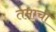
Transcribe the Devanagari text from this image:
तमाची